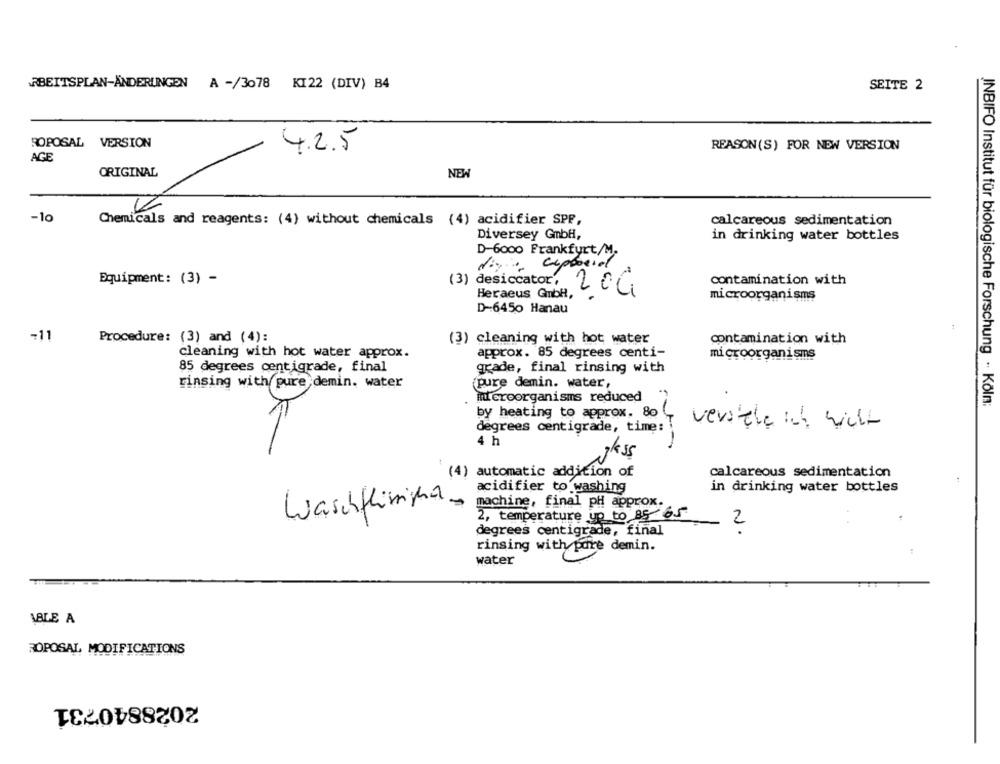
ARBEITSPLAN-ÄNDERUNGEN A -/3078 KI22 (DIV) B4
SEITE 2
ROPOSAL VERSION
4.2.5
REASON (S) FOR NEW VERSION
AGE
ORIGINAL
NEW
4
-10
Chemicals and reagents: (4) without chemicals (4) acidifier SPF,
calcareous sedimentation
Diversey GmbH,
in drinking water bottles
D-6000 Frankfurt/M.
Equipment: (3) -
(3) desiccator',
contamination with
Heraeus GmbH,
204
.
microorganisms
D -: 6450 Hanau
-11
Procedure: (3) and (4):
(3) cleaning with hot water
contamination with
cleaning with hot water approx.
approx. 85 degrees centi-
microorganisms
85 degrees centigrade, final
grade, final rinsing with
rinsing with pure demin. water
(pure demin. water,
microorganisms reduced
INBIFO Institut für biologische Forschung ·· Köln:
by heating to approx. 80
degrees centigrade, time:
verstehe ich nicht
4 h
(4) automatic addition of
calcareous sedimentation
acidifier to washing
in drinking water bottles
machine, final pH approx.
Waschflüssighar.
2, temperature up to 85 65
2
degrees centigrade, final
rinsing with pare demin.
water
ABLE A
ROPOSAL MODIFICATIONS
2028840731